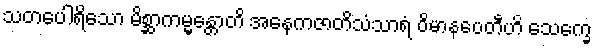
သတပေါရိသော မိစ္ဆာကမ္မန္တောတိ အနေကဇာတိသံသာရံ ဝိမာနပေတီဟိ သေက္ခေ